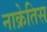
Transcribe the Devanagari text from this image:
नाक्रेतिस